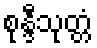
စုန္ဒီသုတ္တံ